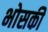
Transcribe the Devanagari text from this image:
भोसकीं